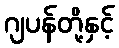
ဂျပန်တို့နှင့်